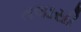
તલાસી